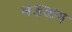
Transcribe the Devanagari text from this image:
मङळम